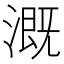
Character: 溉